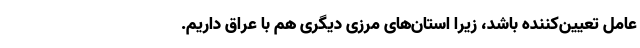
عامل تعیین‌کننده باشد، زیرا استان‌های مرزی دیگری هم با عراق داریم.